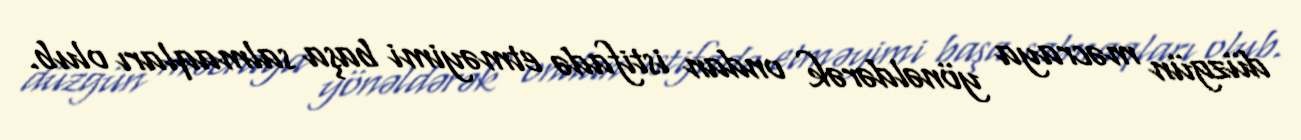
düzgün məcraya yönəldərək ondan istifadə etməyimi başa salmaqları olub.